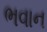
ભવાન